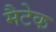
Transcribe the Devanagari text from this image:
मैटेक